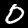
Digit: 0